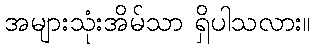
အများသုံးအိမ်သာ ရှိပါသလား။